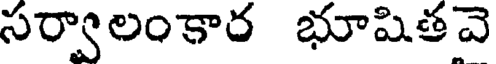
సర్వాలంకార భూషితవె